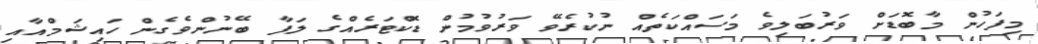
މިފަހުން މާބޮޑަށް ވަރުބަލިވެ މަސައްކަތެއް ނުކުރެވޭ ވަރުވުމުން ޑޮކްޓަރެއްގެ ލަފާ ބޭނުންވެގެން ހައިޝަމްއާއި